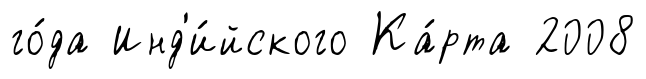
го́да Инд'и́йского Ка́рта 2008